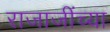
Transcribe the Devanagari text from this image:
राजाजींच्या